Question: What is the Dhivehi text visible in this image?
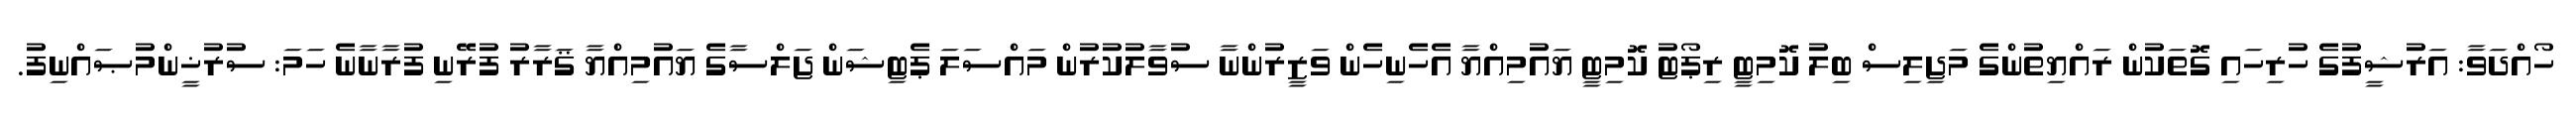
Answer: ހޯއްދަވާ: އަރުޝީފުގެ ހުރިހައި ގޮތަކުން ރައްޔިތުންގެ މަޖިލިސް ބިލު ކޮމިޓީ ރިޕޯޓު ކޮމިޓީ ޔައުމިއްޔާ އެހެނިހެން ވަޒީރުންނާ ސުވާލުކުރުން މައްސަލަ ޕެޓިޝަން ޖަލްސާގެ ޔައުމިއްޔާ ޤަރާރު ފުރޭނި ފުރާނާނެ ހަމަ: ސުރުޚީންމުޞައްނިފު.